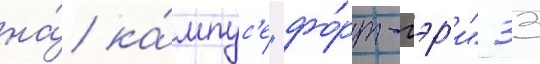
на́ ка́мпус'е "фо́рт-гэр'и" 33